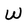
Character: W